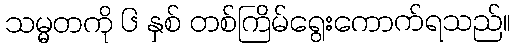
သမ္မတကို ၆ နှစ် တစ်ကြိမ်ရွေးကောက်ရသည်။